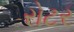
રોટર